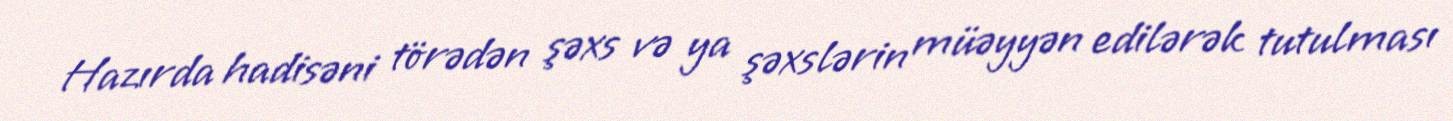
Hazırda hadisəni törədən şəxs və ya şəxslərin müəyyən edilərək tutulması